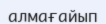
алмағайып